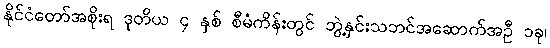
နိုင်ငံတော်အစိုးရ ဒုတိယ ၄ နှစ် စီမံကိန်းတွင် ဘွဲ့နှင်းသဘင်အဆောက်အဦ ၁ခု၊